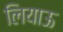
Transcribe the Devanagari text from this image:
लियाऊ